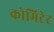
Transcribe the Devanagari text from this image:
कोमिटेट